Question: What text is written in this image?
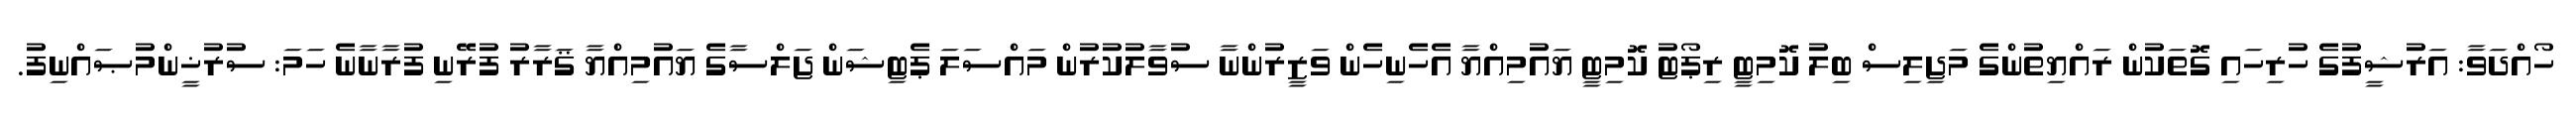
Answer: ހޯއްދަވާ: އަރުޝީފުގެ ހުރިހައި ގޮތަކުން ރައްޔިތުންގެ މަޖިލިސް ބިލު ކޮމިޓީ ރިޕޯޓު ކޮމިޓީ ޔައުމިއްޔާ އެހެނިހެން ވަޒީރުންނާ ސުވާލުކުރުން މައްސަލަ ޕެޓިޝަން ޖަލްސާގެ ޔައުމިއްޔާ ޤަރާރު ފުރޭނި ފުރާނާނެ ހަމަ: ސުރުޚީންމުޞައްނިފު.